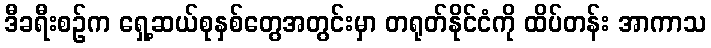
ဒီခရီးစဉ်က ရှေ့ဆယ်စုနှစ်တွေအတွင်းမှာ တရုတ်နိုင်ငံကို ထိပ်တန်း အာကာသ